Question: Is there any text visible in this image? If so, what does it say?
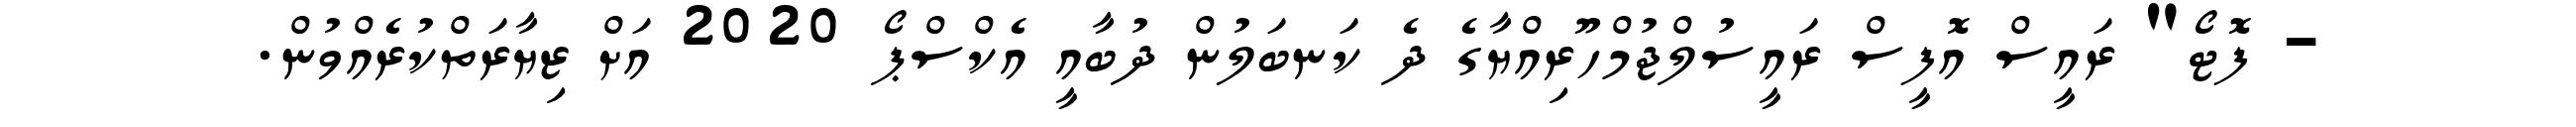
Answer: - ފޮޓޯ" ރައީސް އޮފީސް ރައީސުލްޖުމްހޫރިއްޔާގެ ދެ ކަނބަލުން ދުބާއީ އެކްސްޕޯ 2020 އަށް ޒިޔާރަތްކުރެއްވުން.